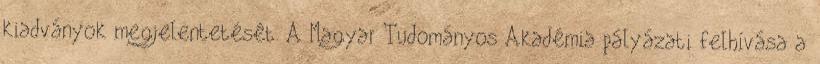
kiadványok megjelentetését. A Magyar Tudományos Akadémia pályázati felhívása a